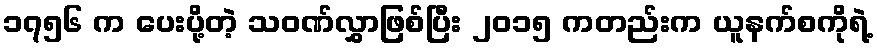
၁၇၅၆ က ပေးပို့တဲ့ သဝဏ်လွှာဖြစ်ပြီး ၂၀၁၅ ကတည်းက ယူနက်စကိုရဲ့